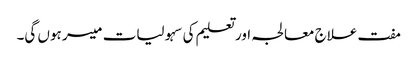
مفت علاج معالجہ اور تعلیم کی سہولیات میسر ہوں گی۔